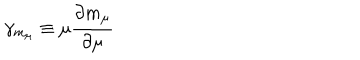
LaTeX: \gamma _ { m _ { \mu } } \equiv \mu \frac { \partial m _ { \mu } } { \partial \mu }